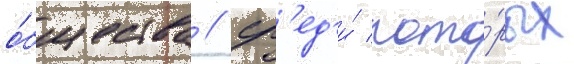
о́бщества / ср'ед'и́ кото́рых